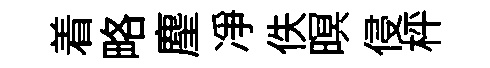
着略麈净佚暝侵枰